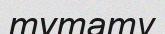
тұтату